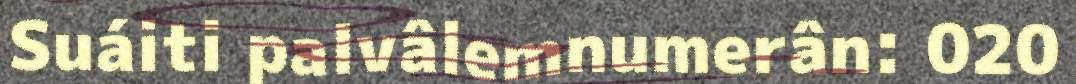
Suáiti palvâlemnumerân: 020